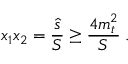
x _ { 1 } x _ { 2 } = \frac { \hat { s } } { S } \ge \frac { 4 m _ { t } ^ { 2 } } { S } \; .